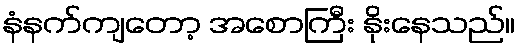
နံနက်ကျတော့ အစောကြီး နိုးနေသည်။